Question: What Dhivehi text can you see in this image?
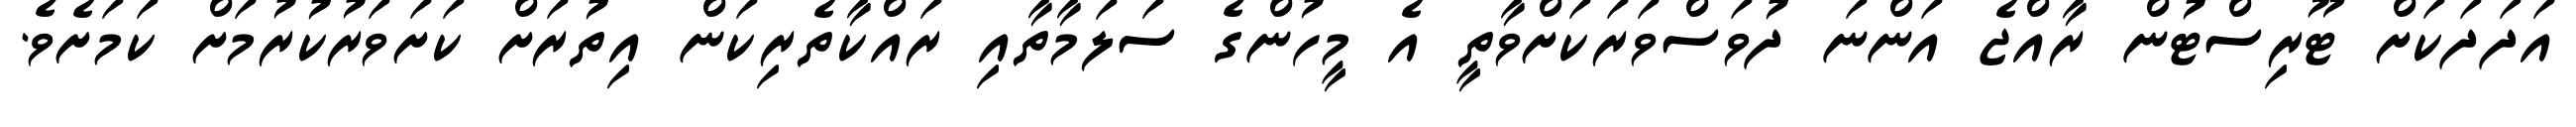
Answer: އަދަދަކަށް ޓޫރިސްޓުން ރާއްޖެ އަންނަ ދުވަސްވަރަކަށްވާތީ އެ މީހުންގެ ސަލަމާތާއި ރައްކާތެރިކަން އިތުރަށް ކަށަވަރުކުރުމަށް ކަމަށެވެ.